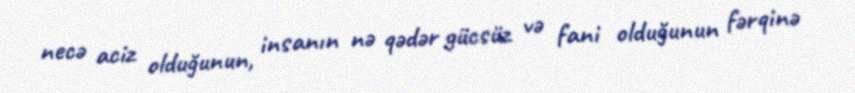
necə aciz olduğunun, insanın nə qədər gücsüz və fani olduğunun fərqinə